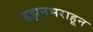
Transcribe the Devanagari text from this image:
डझनभराहून